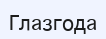
Глазгода